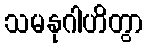
သမနုဂါဟိတွာ